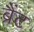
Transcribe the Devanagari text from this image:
ब्रैंट